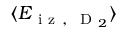
\langle E _ { \mathrm { ~ i ~ z ~ , ~ } \mathrm { ~ D ~ } _ { 2 } } \rangle